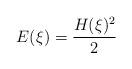
LaTeX: \begin{align*}E(\xi) = \frac{H(\xi)^2}2 \end{align*}